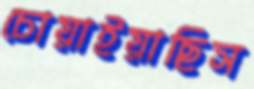
চোয়াইয়াছিস